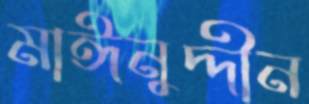
মাঈনুদ্দীন